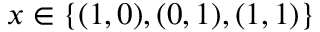
x \in \{ ( 1 , 0 ) , ( 0 , 1 ) , ( 1 , 1 ) \}